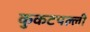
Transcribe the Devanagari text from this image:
कुकटपल्ली